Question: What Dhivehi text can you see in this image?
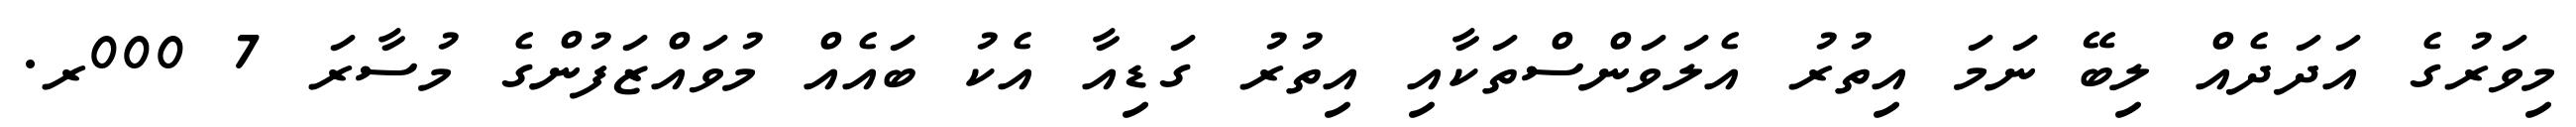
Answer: މިވަރުގެ އަދަދެއް ލިބޭ ނަމަ އިތުރު އެލަވަންސްތަކާއި އިތުރު ގަޑިއާ އެކު ބައެއް މުވައްޒަފުންގެ މުސާރަ 7 000ރ.